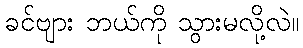
ခင်ဗျား ဘယ်ကို သွားမလို့လဲ။